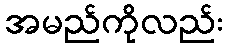
အမည်ကိုလည်း